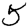
Digit: 5